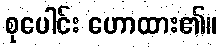
စုပေါင်း ဟောထား၏။